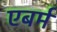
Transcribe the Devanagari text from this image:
एबर्म